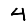
Digit: 4